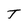
Character: T